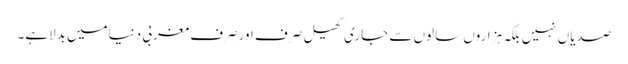
صدیاں نہیں بلکہ ہزاروں سالوں سے جاری کھیل صرف اورصرف مغربی دنیامیں بدلاہے۔